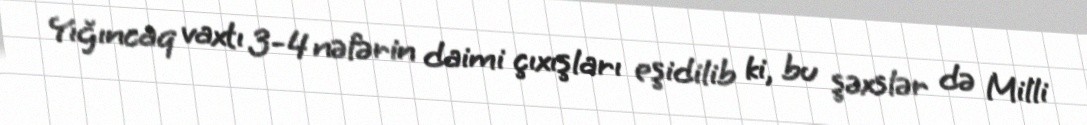
Yığıncaq vaxtı 3-4 nəfərin daimi çıxışları eşidilib ki, bu şəxslər də Milli